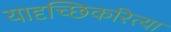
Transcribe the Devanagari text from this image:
यादृच्छिकरित्या